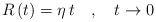
\begin{align*}R\left( t\right) =\eta \,t\quad ,\quad t\rightarrow 0 \end{align*}